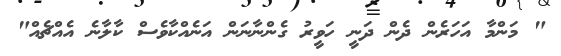
" މަންމާ އަހަރެން ދެން ދަނީ ހަވީރު ގެންނާނަން އަނެއްކާވެސް ކާލާނެ އެއްޗެއް"